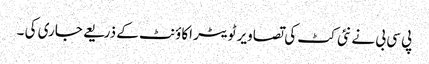
پی سی بی نے نئی کٹ کی تصاویر ٹویٹر اکاؤنٹ کے ذریعے جاری کی ۔